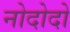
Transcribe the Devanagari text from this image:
नोदोदो